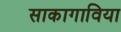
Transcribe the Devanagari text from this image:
साकागाविया